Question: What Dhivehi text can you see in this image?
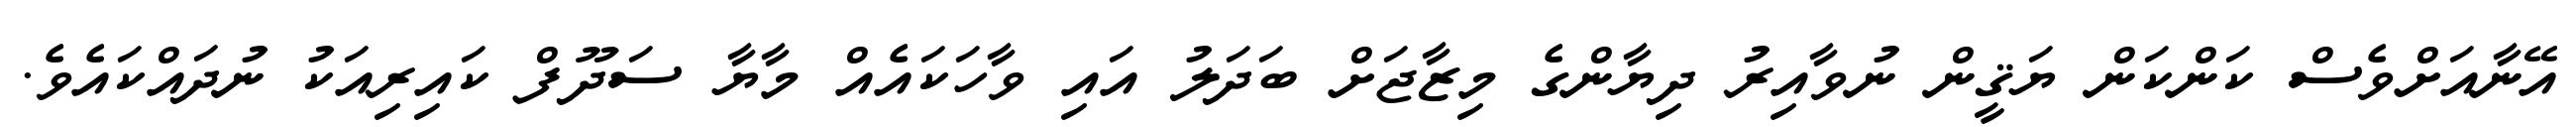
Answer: އޭނާއަށްވެސް ކަންކަން ޔަޤީން ނުވާއިރު ދިޔާންގެ މިޒާޖަށް ބަދަލު އައި ވާހަކައެއް މާޔާ ސަދޫފް ކައިރިއަކު ނުދައްކައެވެ.